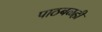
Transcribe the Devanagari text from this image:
पाठबळही